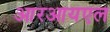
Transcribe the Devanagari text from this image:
आरआयएल